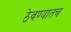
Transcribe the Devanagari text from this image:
ठेवण्यातच